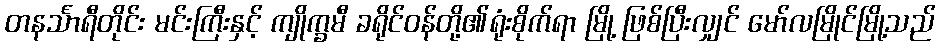
တနင်္သာရီတိုင်း မင်းကြီးနှင့် ကျိုက္ခမီ ခရိုင်ဝန်တို့၏ရုံးစိုက်ရာ မြို့ ဖြစ်ပြီးလျှင် မော်လမြိုင်မြို့သည်